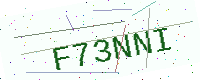
Text: F73NNI